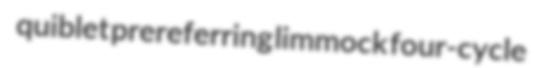
quiblet prereferring limmock four-cycle